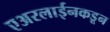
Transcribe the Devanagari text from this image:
एअरलाईनकडून